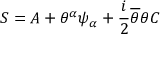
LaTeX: S = A + \theta ^ { \alpha } \psi _ { \alpha } + \frac { i } { 2 } \overline { { { \theta } } } \theta C